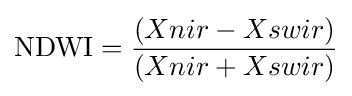
{\mbox{NDWI}}={\frac {(Xnir-Xswir)}{(Xnir+Xswir)}}